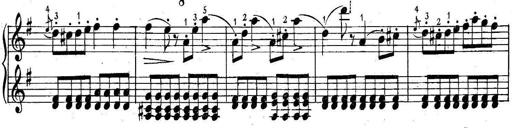
Title: 6 Easy Sonatinas
Composer: Carl Czerny